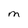
Character: M